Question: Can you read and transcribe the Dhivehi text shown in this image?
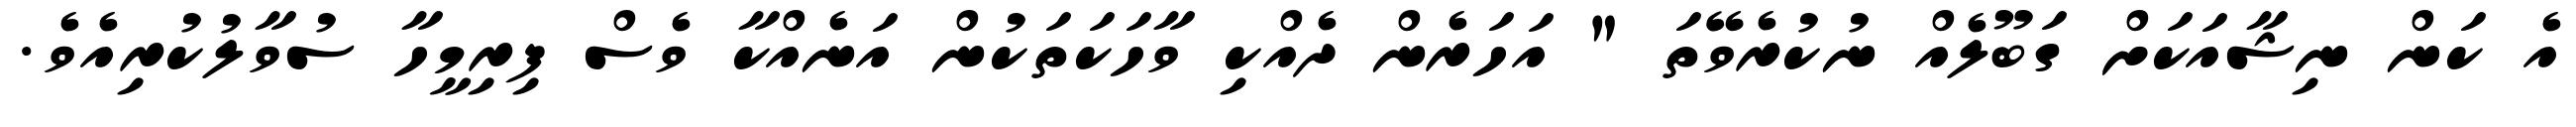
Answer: އެ ކަން ނިޝާއަކަށް ގަބޫލެއް ނުކުރެވޭތަ " އަހަރެން ދެއްކި ވާހަކަތަކުން އަނެއްކާ ވެސް ފިރިމީހާ ސުވާލުކުރިއެވެ.